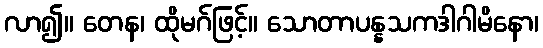
လာ၍။ တေန၊ ထိုမဂ်ဖြင့်။ သောတာပန္နသကဒါဂါမိနော၊